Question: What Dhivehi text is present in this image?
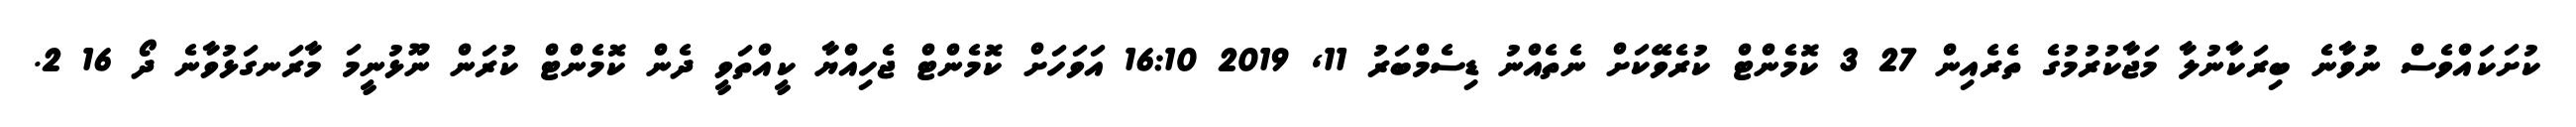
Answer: ކުށަކައްވެސް ނުވާނެ ބިރަކާނުލާ މަޖާކުރުމުގެ ތެރެއިން 27 3 ކޮމެންޓް ކުރެވޭކަށް ނެތެއްނު ޑިސެމްބަރު 11, 2019 16:10 އަވަހަށް ކޮމެންޓް ޖެހިއްޔާ ކީއްތަވީ ދެން ކޮމެންޓް ކުރަން ނޫޅުނީމަ މާރަނގަޅުވާނެ ދޯ 16 2.